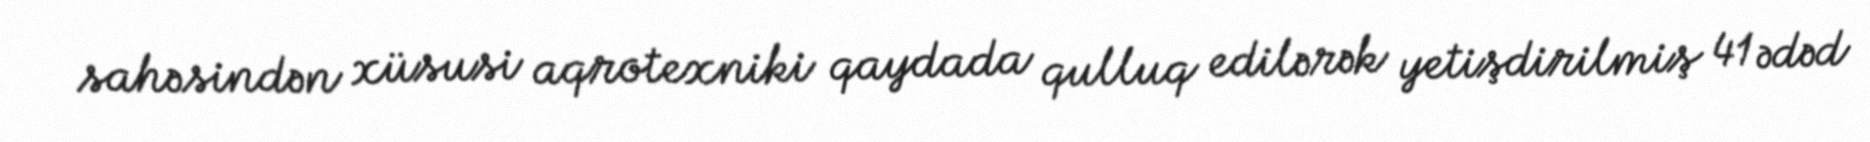
sahəsindən xüsusi aqrotexniki qaydada qulluq edilərək yetişdirilmiş 41 ədəd